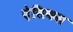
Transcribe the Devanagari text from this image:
देसिकस